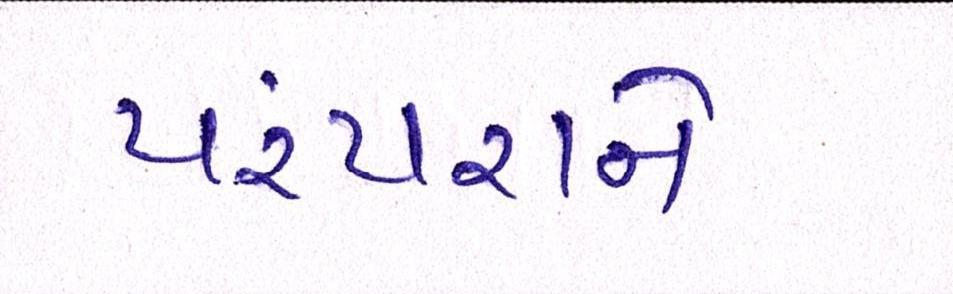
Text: પરંપરાને